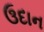
ઉદાન